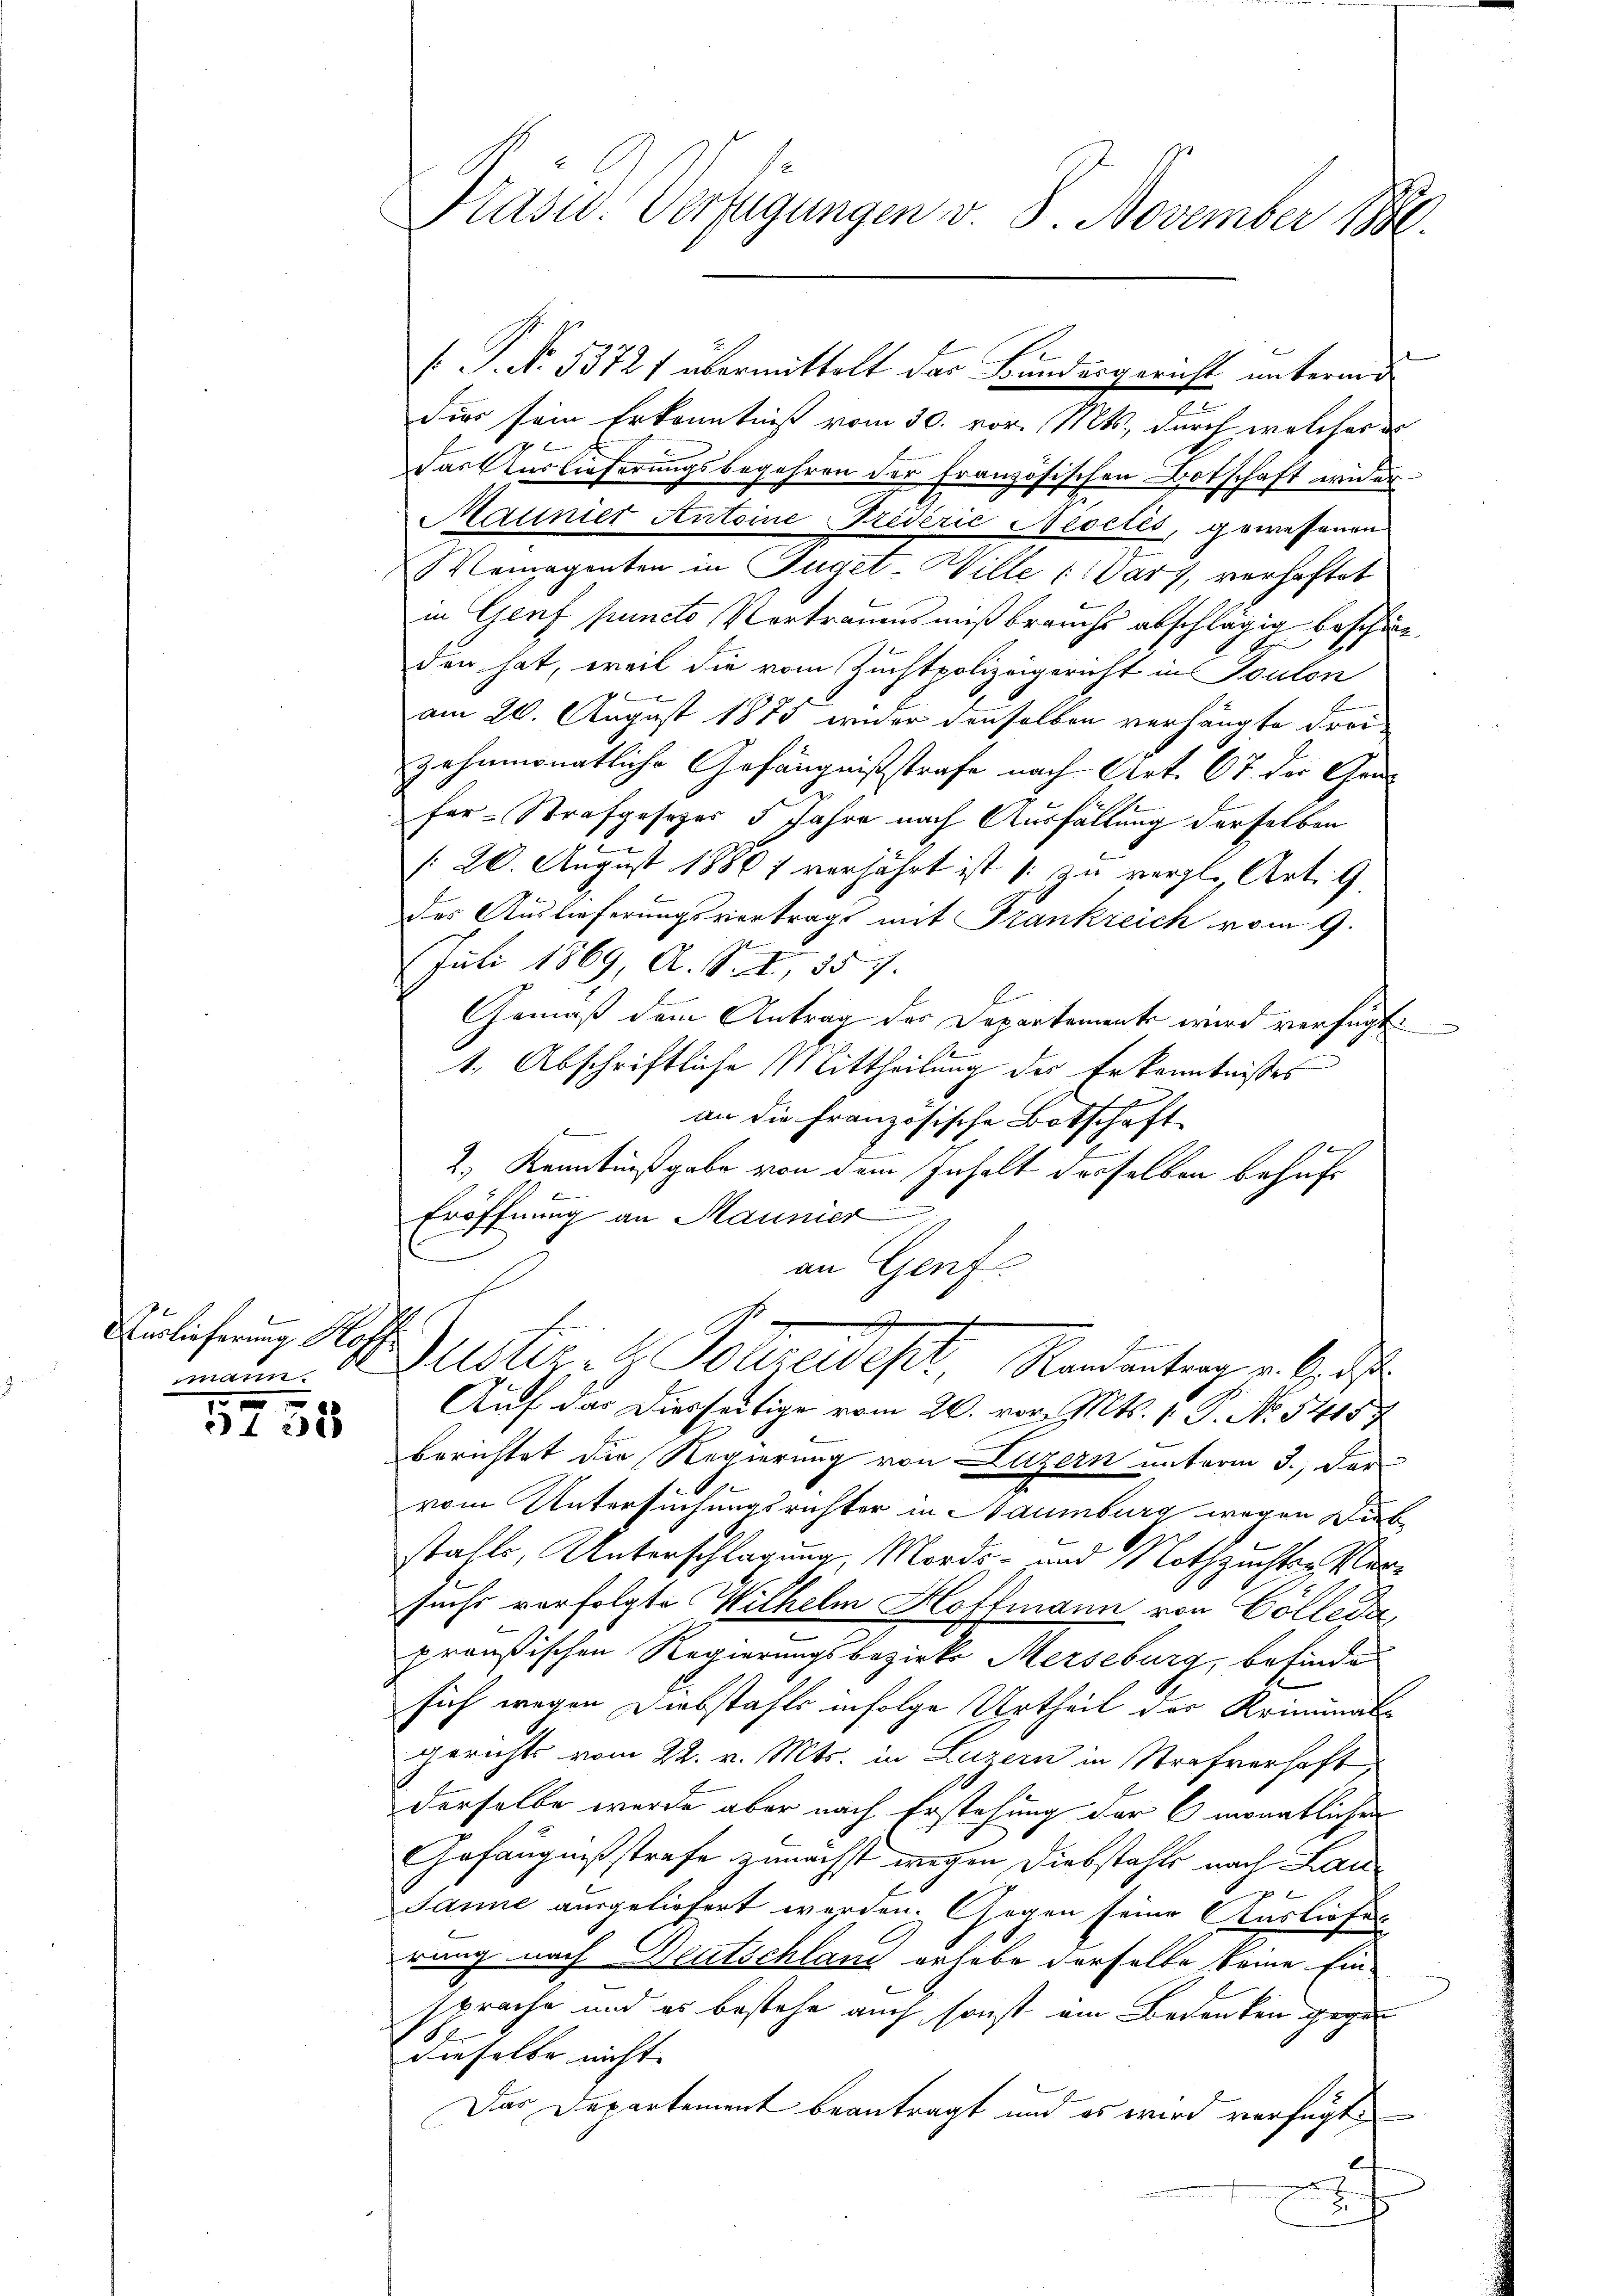
mann

5758

Präsid. Verfügungen v. J. November 18

t
Fies sein Erkenntniß vom 30. vor. Mts., durch welches e
Brennen
das Auslieferungsbegehren der französischen Botschaft wider
Maunier Antoine Triderić Meccles, gewessenen
Vemagenten in Tuget-Wille darf, verhaftet
in Genf puncto Vortrauensmißbrauchs abschlägig beschie
den hat, weil die vom Zuchtpolizeigericht in Toulon
 Bremen
am 20. August 1875 wider denselben verhängte Frei-
zehnmonatliche Gefängnißstrafe nach Art. 67. der Grafer-Strafgesezes 5 Jahre nach Ausfällung derselben
/20. August 18867 verfährt ist s. zu vergl. Art. 9.
des Auslieferungsvertrags mit Frankreich vom 9.
Juli 1869, A. S. I, 557.
Gemäß dem Antrag der Departemente wird verfügt:
1, Abschriftliche Mittheilung des Erkenntnißes
an die französische Botschaft
2.) Kenntnißgabe von dem Inhalt derselben behufs
Eröffnung an Maunier
an Genf
g
E
Virlicherung Hoff Justiz & Polizeweht, Randantrag v. M., de
Auf das Diesseitige vom 20. vor. Mts. 1. P. No. 54157
berichtet die Regierung von Luzern unterm 3. Der
vom Untersuchungsrichter in Naumburg wegen Diebstahls, Unterschlagung, Morde- und Nothzuchter Versuchs vorfolgte Wilhelm Hoffmann von Cölleda,
preußischen Regierungsbezirk Merseburg, befinde
sich wegen Diebstahls infolge Urtheil der Kriminat
gerichts vom 22. v. Mts. in Luzern in Strafverhaft
derselbe wurde aber nach Erstehung der 6 monatlichen
Gefängnißstrafe zunächst wegen Diebstahls nach Lau¬
Janne ausgeliefert worden. Gegen seine Ausliefer
rang nach Deutschland erhabe derselbe keine Einsprache und es bestehe auch sonst am Bedenken gegen
dieselbe nicht.
Das Departement beantragt und es wird verfügt,
f

.P. No. 53721 übermittelt der Bundesgericht unterm